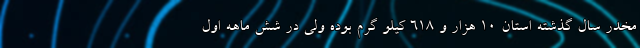
مخدر سال گذشته استان ۱۰ هزار و ۶۱۸ کیلو گرم بوده ولی در شش ماهه اول